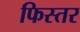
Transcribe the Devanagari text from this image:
फिस्तर